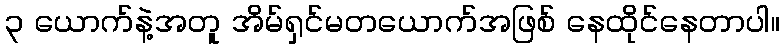
၃ ယောက်နဲ့အတူ အိမ်ရှင်မတယောက်အဖြစ် နေထိုင်နေတာပါ။